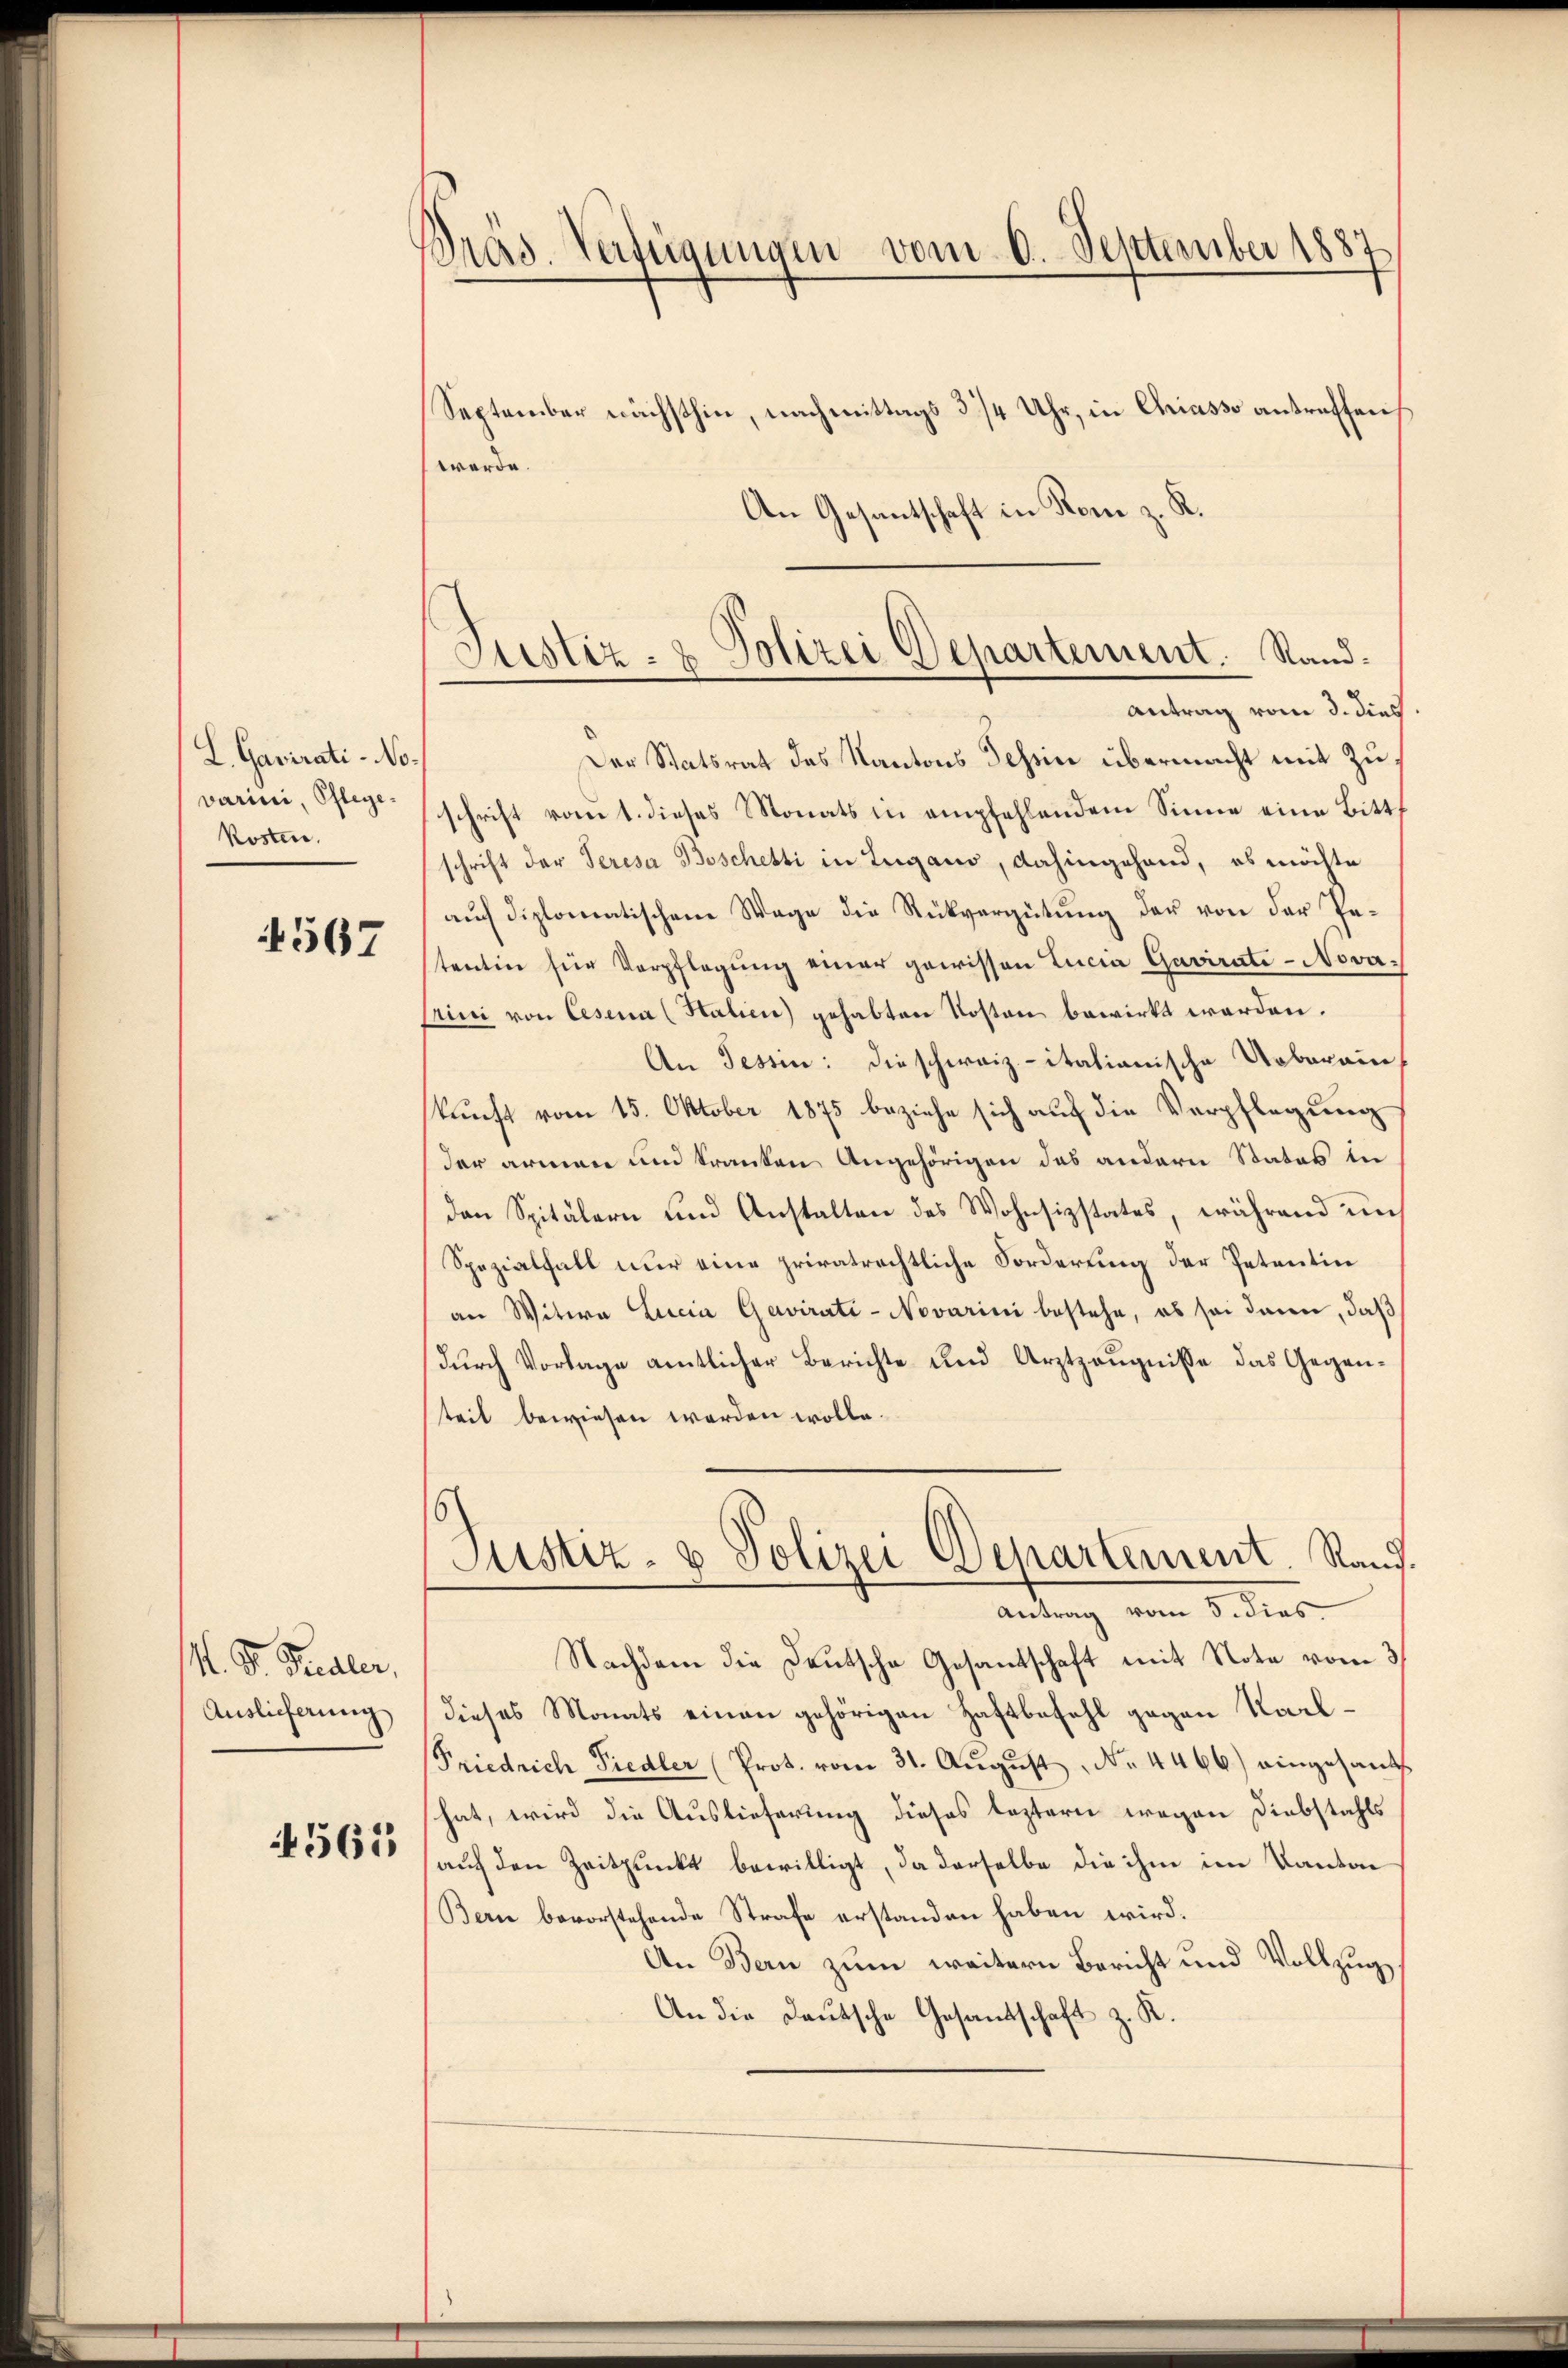
L. Gavirati-No.
varini, Pflegekosten.

567

M. D. Realer,
Auslieferung

4565

Präs. Verfügungen vom 6. September 1887

.
Justiz- & Polizei Departement. Sand¬
Antrag vom 3. dieß.

September nächsthin, nachmittags 3/4 Uhr, in Chriasso antreffen
werde.
An Gesantschaft in Rom z. R.
Der Statsrat des Kantons Tessin übermacht mit Zu
schrift vom 1. dieses Monats in empfehlendem Sinne eine Bittschrift der Seresa Boschetti in Lugano, dahingehand, es möchte
auch diplomatischen Wage die Rückvergütung der von der Petentin für Verpflegŭng einer gewissen Lucia Gavirati-Nova¬
Erini von Cesena (Stalien) gehabten Kosten bewirkt werden.
An Tessin: die schweiz.-itationische Urbarain
kunft vom 15. Oktober 1875 beziehe sich auf die Verpflegung
der armen und tranken Angehörigen das andern Statos in
den Spitälern und Anstalten des Wohnsizstates, während im
Spezialfall nur eine privatrechtliche Forderung der Petentin
an Witwe Lucia Gavirati-Novarini bestehe, es sei dann, daß
durch Vorlage amtlicher Berichte und Arztzeugnisse das Gegenteil bewiesen werden wolle.
Justiz- & Polizei Departement. Rand.
Antrag vom 5. dies
Nachdem die Deutsche Gesantschaft mit Note vom 3/
dieses Monats einen gehörigen Haftbefehl gegen Karl¬
Friedrich Fiedler (Prot. vom 31. Aŭgŭst No. 4466) eingesandt
hat, wird die Auslieferung dieses leztern wegen Diebstahls
auf den Zeitpunkt bewilligt, da derselbe die ihm im Kanton
Bern bevorstehende Strafe erstanden haben wird.
An Bern zum weitern Bericht und Vollzug
An die Deutsche Gesandschaft z. R.